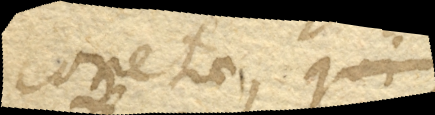
cometae, qui